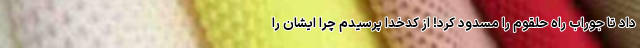
داد تا جوراب راه حلقوم را مسدود کرد! از کدخدا پرسیدم چرا ایشان را